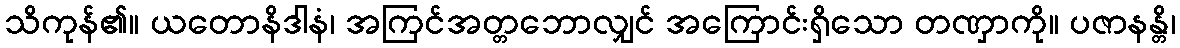
သိကုန်၏။ ယတောနိဒါနံ၊ အကြင်အတ္တဘောလျှင် အကြောင်းရှိသော တဏှာကို။ ပဇာနန္တိ၊